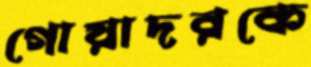
গোয়াদরকে